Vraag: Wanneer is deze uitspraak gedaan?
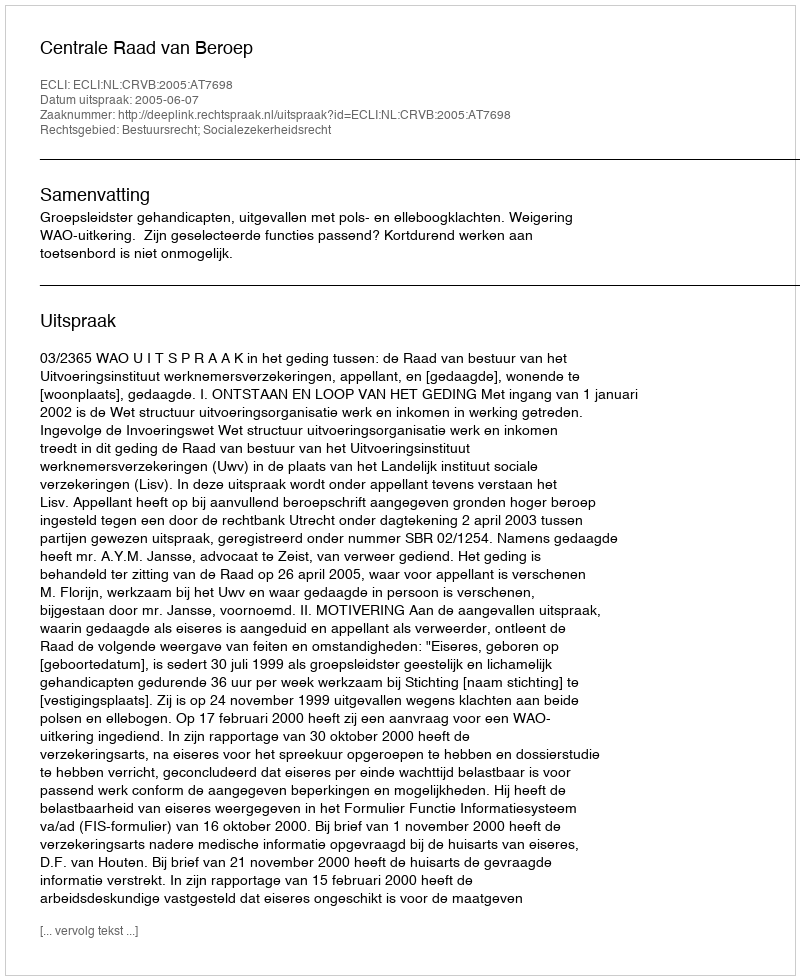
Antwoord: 2005-06-07